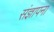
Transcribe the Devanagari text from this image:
संज्ञापना